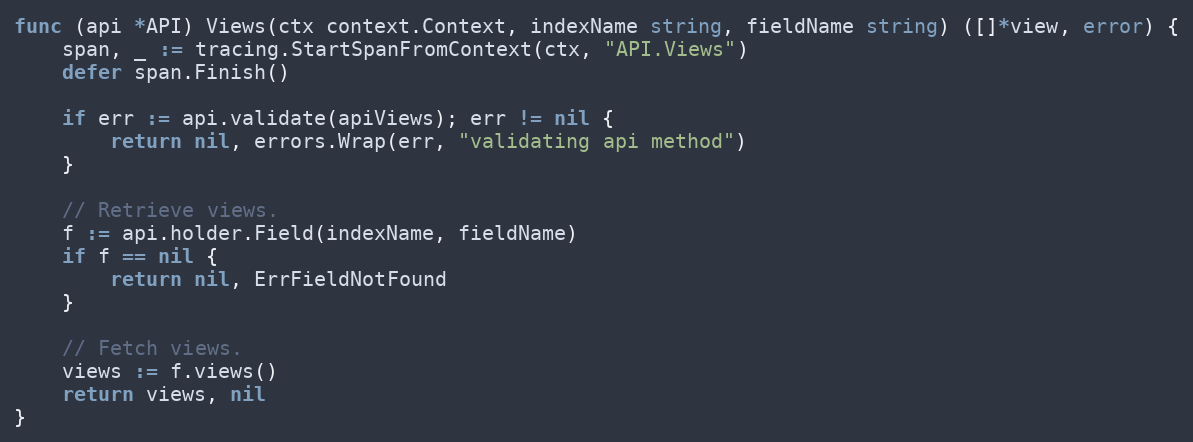
Language: Go
func (api *API) Views(ctx context.Context, indexName string, fieldName string) ([]*view, error) {
	span, _ := tracing.StartSpanFromContext(ctx, "API.Views")
	defer span.Finish()

	if err := api.validate(apiViews); err != nil {
		return nil, errors.Wrap(err, "validating api method")
	}

	// Retrieve views.
	f := api.holder.Field(indexName, fieldName)
	if f == nil {
		return nil, ErrFieldNotFound
	}

	// Fetch views.
	views := f.views()
	return views, nil
}